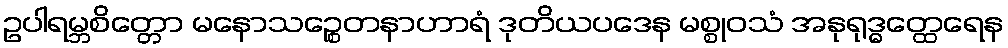
ဥပါရမ္ဘစိတ္တော မနောသဉ္စေတနာဟာရံ ဒုတိယပဒေန မစ္စုဝသံ အနုရုဒ္ဓတ္ထေရေန